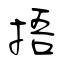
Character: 捂